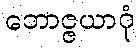
ဘောဇ္ဇယာဂုံ